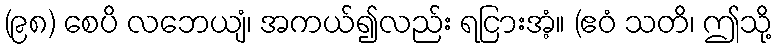
(၉၈) စေပိ လဘေယျံ၊ အကယ်၍လည်း ရငြားအံ့။ (ဧဝံ သတိ၊ ဤသို့